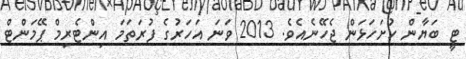
ޓީ ބަޔާން ހުށަހަޅަން ޖެހޭނެއެވެ. 2013 ވަނަ އަހަރުގެ ފުރަތަމަ އިންޓެރިމް ޕޭމަންޓް